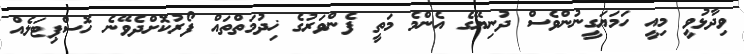
ވިދާޅުވީ މިއީ ހަމަޔަގީނުންވެސް ދުނިޔޭގެ އެންމެ މަތީ ފެންވަރުގެ ޚިދުމަތްތައް ފޯރުކޮށްދެވޭނެ ހޮސްޕިޓަލެއް